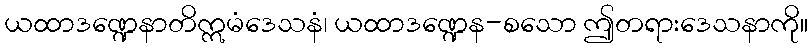
ယထာဒဏ္ဍေနာတိဣမံဒေသနံ၊ ယထာဒဏ္ဍေန-စသော ဤတရားဒေသနာကို။